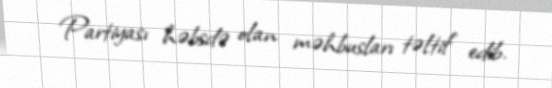
Partiyası həbsdə olan məhbusları təltif edib.